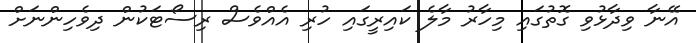
އޭނާ ވިދާޅުވި ގޮތުގައި މިހާރު މާލެ ކައިރީގައި ހުރި އެއްވެސް ރިސޯޓަކުން ދިވެހިންނަށް